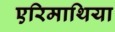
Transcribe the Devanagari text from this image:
एरिमाथिया